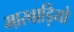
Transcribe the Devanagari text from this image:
मारवाड़ियो